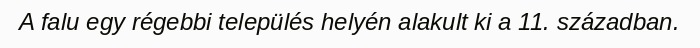
A falu egy régebbi település helyén alakult ki a 11. században.